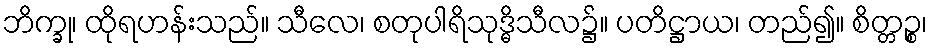
ဘိက္ခု၊ ထိုရဟန်းသည်။ သီလေ၊ စတုပါရိသုဒ္ဓိသီလ၌။ ပတိဋ္ဌာယ၊ တည်၍။ စိတ္တဉ္စ၊